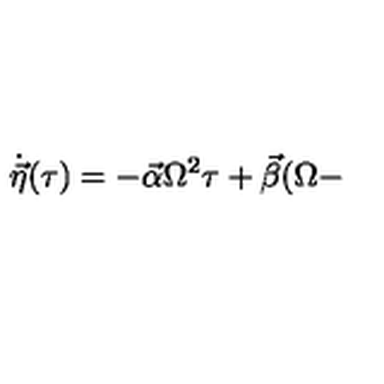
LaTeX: \dot { \vec { \eta } } ( \tau ) = - \vec { \alpha } \Omega ^ { 2 } \tau + \vec { \beta } ( \Omega -